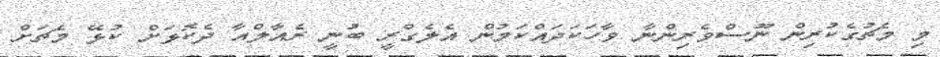
މި މެޗުގެކުރިން ނޫސްވެރިންނާ ވާހަކަދައްކަމުން އެލެގްރީ ބުނީ ރެއާލްއާ ދެކޮޅަށް ކުޅޭ މެޗަށް